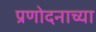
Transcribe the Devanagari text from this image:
प्रणोदनाच्या